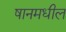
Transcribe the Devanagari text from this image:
षानमधील